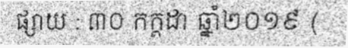
ផ្សាយ : ៣០ កក្តដា ឆ្នាំ២០១៩ (